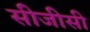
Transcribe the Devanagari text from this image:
सीजीसी